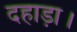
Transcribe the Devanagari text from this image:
दहाड़ा।